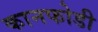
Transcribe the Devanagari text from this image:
कानफोडी